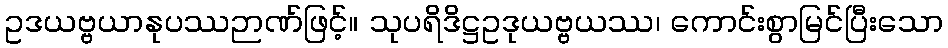
ဥဒယဗ္ဗယာနုပဿဉာဏ်ဖြင့်။ သုပရိဒိဋ္ဌဥဒုယဗ္ဗယဿ၊ ကောင်းစွာမြင်ပြီးသော